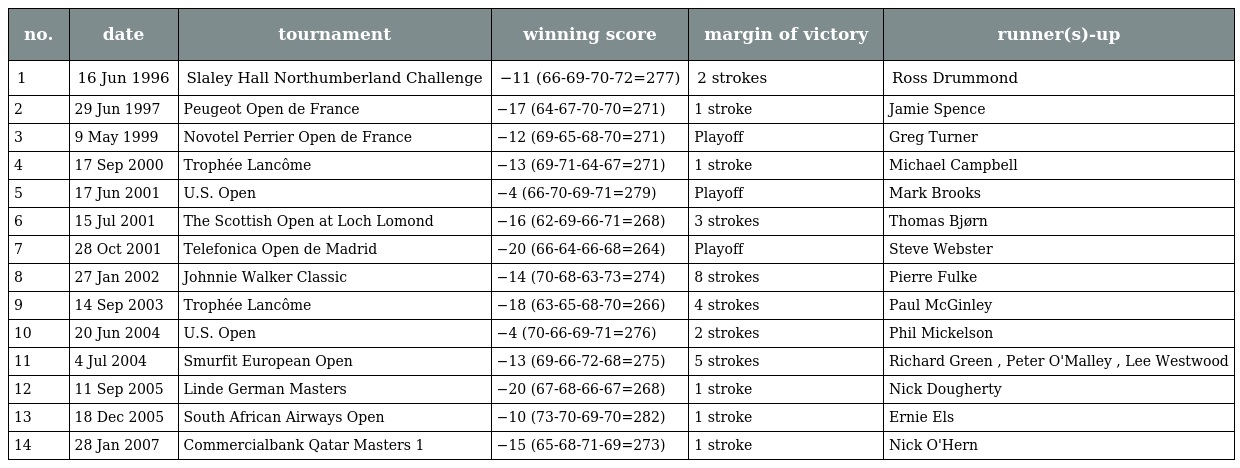
| no. | date | tournament | winning score | margin of victory | runner(s)-up |
 | --- | --- | --- | --- | --- | --- |
 | 1 | 16 Jun 1996 | Slaley Hall Northumberland Challenge | −11 (66-69-70-72=277) | 2 strokes | Ross Drummond |
 | 2 | 29 Jun 1997 | Peugeot Open de France | −17 (64-67-70-70=271) | 1 stroke | Jamie Spence |
 | 3 | 9 May 1999 | Novotel Perrier Open de France | −12 (69-65-68-70=271) | Playoff | Greg Turner |
 | 4 | 17 Sep 2000 | Trophée Lancôme | −13 (69-71-64-67=271) | 1 stroke | Michael Campbell |
 | 5 | 17 Jun 2001 | U.S. Open | −4 (66-70-69-71=279) | Playoff | Mark Brooks |
 | 6 | 15 Jul 2001 | The Scottish Open at Loch Lomond | −16 (62-69-66-71=268) | 3 strokes | Thomas Bjørn |
 | 7 | 28 Oct 2001 | Telefonica Open de Madrid | −20 (66-64-66-68=264) | Playoff | Steve Webster |
 | 8 | 27 Jan 2002 | Johnnie Walker Classic | −14 (70-68-63-73=274) | 8 strokes | Pierre Fulke |
 | 9 | 14 Sep 2003 | Trophée Lancôme | −18 (63-65-68-70=266) | 4 strokes | Paul McGinley |
 | 10 | 20 Jun 2004 | U.S. Open | −4 (70-66-69-71=276) | 2 strokes | Phil Mickelson |
 | 11 | 4 Jul 2004 | Smurfit European Open | −13 (69-66-72-68=275) | 5 strokes | Richard Green , Peter O'Malley , Lee Westwood |
 | 12 | 11 Sep 2005 | Linde German Masters | −20 (67-68-66-67=268) | 1 stroke | Nick Dougherty |
 | 13 | 18 Dec 2005 | South African Airways Open | −10 (73-70-69-70=282) | 1 stroke | Ernie Els |
 | 14 | 28 Jan 2007 | Commercialbank Qatar Masters 1 | −15 (65-68-71-69=273) | 1 stroke | Nick O'Hern |